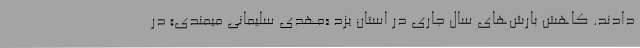
دادند. کاهش بارش‌های سال جاری در استان یزد «مهدی سلیمانی میمندی» در